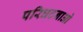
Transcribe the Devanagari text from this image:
परिघटनाओ